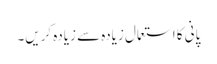
پانی کا استعمال زیادہ سے زیادہ کریں۔